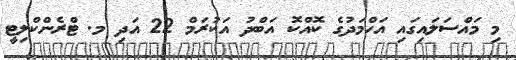
މި މައްސަލައިގައި އަހްމަދުގެ ކޮއްކޮ އަބްދު އަކުރަމް 22 އަދި މ. ޓްރެންކްލިޓީ